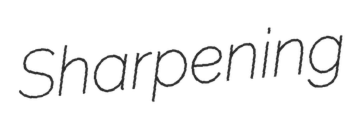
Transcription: Sharpening